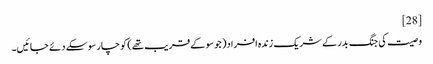
[28]
وصیت کی جنگ بدر کے شریک زندہ افراد( جو سو کے قریب تھے) کو چار سو سکے دئے جائیں۔